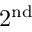
2 ^ { \mathrm { n d } }